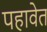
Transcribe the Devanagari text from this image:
पहावेत